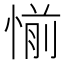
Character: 𰑹